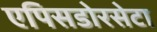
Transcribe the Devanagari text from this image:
एपिसडोरसेटा